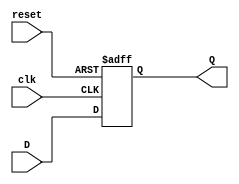
module d_flip_flop (
  input D,      
  input clk,    
  input reset,  
  output reg Q  
);

  always @(posedge clk or posedge reset) begin
    if (reset) begin
      Q <= 1'b0;  
    end else begin
      Q <= D;  
    end
  end

endmodule

module four_bit_shift_register (
  input [3:0] D,      
  input clk,          
  input reset,        
  output reg [3:0] Q   
);

  wire [3:0] internal_wire;  // declaring internal wires

  // cascading 4 D Flip-Flops
  d_flip_flop u1 (.D(D[0]), .clk(clk), .reset(reset), .Q(internal_wire[0]));
  d_flip_flop u2 (.D(D[1]), .clk(clk), .reset(reset), .Q(internal_wire[1]));
  d_flip_flop u3 (.D(D[2]), .clk(clk), .reset(reset), .Q(internal_wire[2]));
  d_flip_flop u4 (.D(D[3]), .clk(clk), .reset(reset), .Q(internal_wire[3]));

  always @* begin
    Q = internal_wire; 
  end

endmodule